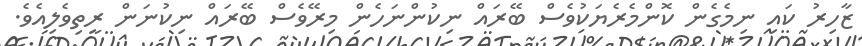
ޒާހިރު ކައި ނިމެގެން ކޮންމެރެޔަކުވެސް ބޭރައް ނިކުންނަހެން މިރޭވެސްް ބޭރައް ނިކުނަން ރީތިވެލިއެވެ.